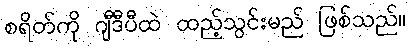
စရိတ်ကို ဂျီဒီပီထဲ ထည့်သွင်းမည် ဖြစ်သည်။